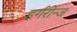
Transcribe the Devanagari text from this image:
हर्गरोन्ज